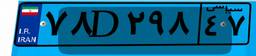
۷۸D۲۹۸۴۷